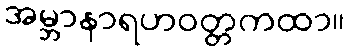
အမ္ဘာနာရဟဝတ္တကထာ။